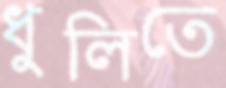
ধুলিতে